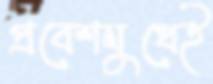
প্রবেশমুখেই